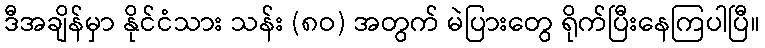
ဒီအချိန်မှာ နိုင်ငံသား သန်း (၈ဝ) အတွက် မဲပြားတွေ ရိုက်ပြီးနေကြပါပြီ။